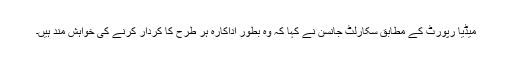
میڈیا رپورٹ کے مطابق سکارلٹ جانسن نے کہا کہ وہ بطور اداکارہ ہر طرح کا کردار کرنے کی خواہش مند ہیں۔